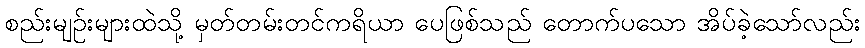
စည်းမျဉ်းများထဲသို့ မှတ်တမ်းတင်ကရိယာ ပေဖြစ်သည် တောက်ပသော အိပ်ခဲ့သော်လည်း